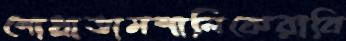
শোধ্‌রাতামশালিকেরাবি